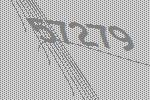
57279